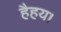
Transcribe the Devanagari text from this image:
हैहय।